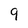
Character: 9